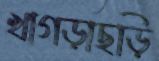
খাগড়াছড়ি